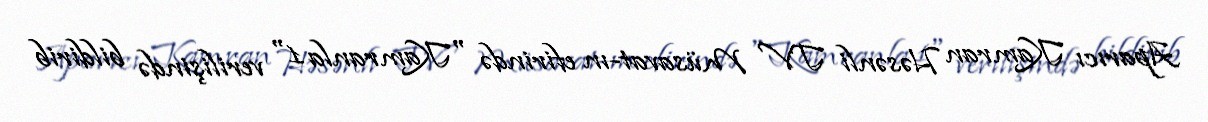
Aparıcı Kamran Həsənli TV Müsavat-ın efirində "Kamranla 1" verilişində bildirib